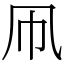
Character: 凧